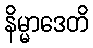
နိမ္မာဒေတိ